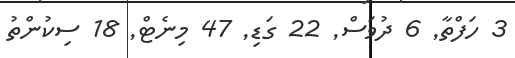
3 ހަފްތާ